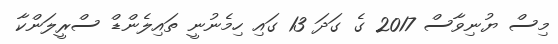
މިސް ޔުނިވާސް 2017 ގެ ގަދަ 13 ގައި ހިމެނުނީ ތައިލެންޑް ސްރީލަންކާ